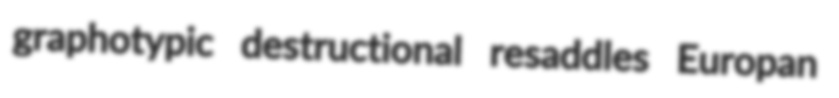
graphotypic destructional resaddles Europan